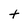
Character: t